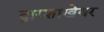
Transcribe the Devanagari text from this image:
द्वारशाखेवर